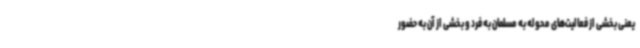
یعنی بخشی از فعالیت‌های محوله به مسلمان به فرد و بخشی‌ از آن به حضور